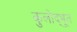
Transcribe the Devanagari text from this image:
कुलोद्‌भूत